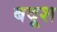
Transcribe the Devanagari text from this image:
बदूश